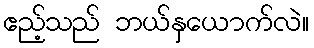
ဧည့်သည် ဘယ်နှယောက်လဲ။